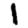
Digit: 1